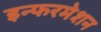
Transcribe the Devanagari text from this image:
इन्फरमेशन